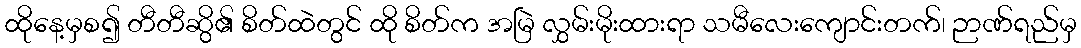
ထိုနေ့မှစ၍ တီတီဆွိ၏ စိတ်ထဲတွင် ထို စိတ်က အမြဲ လွှမ်းမိုးထားရာ သမီလေးကျောင်းတက်၊ ဉာဏ်ရည်မှ